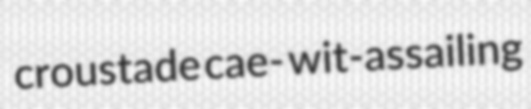
croustade cae- wit-assailing